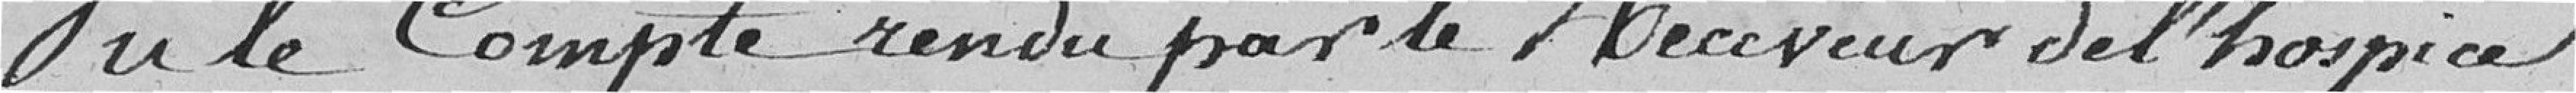
Vu le compte rendu par le Receveur de l'hospice